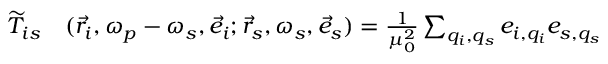
\begin{array} { r l } { \widetilde { T } _ { i s } } & { { } ( \vec { r } _ { i } , \omega _ { p } - \omega _ { s } , \vec { e } _ { i } ; \vec { r } _ { s } , \omega _ { s } , \vec { e } _ { s } ) = \frac { 1 } { \mu _ { 0 } ^ { 2 } } \sum _ { q _ { i } , q _ { s } } e _ { i , q _ { i } } e _ { s , q _ { s } } } \end{array}